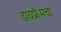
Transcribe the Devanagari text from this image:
डायफ्रॅमचा